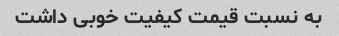
به نسبت قیمت کیفیت خوبی داشت